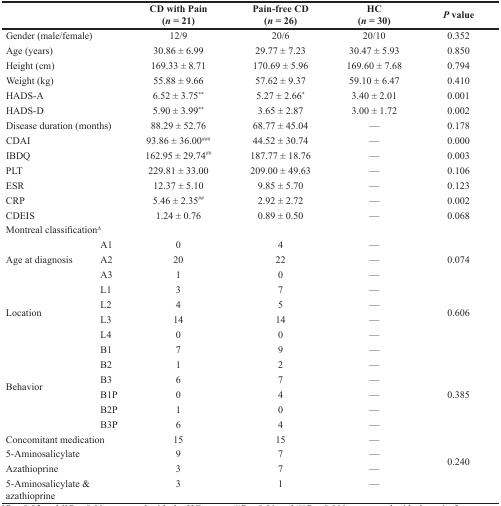
<table><thead><tr><td></td><td></td><td><b>CD with Pain (<i>n =</i> 21)</b></td><td><b>Pain-free CD (<i>n =</i> 26)</b></td><td><b>HC (<i>n =</i> 30)</b></td><td><b><i>P</i> value</b></td></tr></thead><tbody><tr><td>Gender (male/female)</td><td></td><td>12/9</td><td>20/6</td><td>20/10</td><td>0.352</td></tr><tr><td>Age (years)</td><td></td><td>30.86 ± 6.99</td><td>29.77 ± 7.23</td><td>30.47 ± 5.93</td><td>0.850</td></tr><tr><td>Height (cm)</td><td></td><td>169.33 ± 8.71</td><td>170.69 ± 5.96</td><td>169.60 ± 7.68</td><td>0.794</td></tr><tr><td>Weight (kg)</td><td></td><td>55.88 ± 9.66</td><td>57.62 ± 9.37</td><td>59.10 ± 6.47</td><td>0.410</td></tr><tr><td>HADS-A</td><td></td><td>6.52 ± 3.75<sup>**</sup></td><td>5.27 ± 2.66*</td><td>3.40 ± 2.01</td><td>0.001</td></tr><tr><td>HADS-D</td><td></td><td>5.90 ± 3.99<sup>**</sup></td><td>3.65 ± 2.87</td><td>3.00 ± 1.72</td><td>0.002</td></tr><tr><td colspan="2">Disease duration (months)</td><td>88.29 ± 52.76</td><td>68.77 ± 45.04</td><td>—</td><td>0.178</td></tr><tr><td>CDAI</td><td></td><td>93.86 ± 36.00<sup>###</sup></td><td>44.52 ± 30.74</td><td>—</td><td>0.000</td></tr><tr><td>IBDQ</td><td></td><td>162.95 ± 29.74<sup>##</sup></td><td>187.77 ± 18.76</td><td>—</td><td>0.003</td></tr><tr><td>PLT</td><td></td><td>229.81 ± 33.00</td><td>209.00 ± 49.63</td><td>—</td><td>0.106</td></tr><tr><td>ESR</td><td></td><td>12.37 ± 5.10</td><td>9.85 ± 5.70</td><td>—</td><td>0.123</td></tr><tr><td>CRP</td><td></td><td>5.46 ± 2.35<sup>##</sup></td><td>2.92 ± 2.72</td><td>—</td><td>0.002</td></tr><tr><td>CDEIS</td><td></td><td>1.24 ± 0.76</td><td>0.89 ± 0.50</td><td>—</td><td>0.068</td></tr><tr><td colspan="2">Montreal classification<sup>Δ</sup></td><td></td><td></td><td></td><td></td></tr><tr><td rowspan="3">Age at diagnosis</td><td>A1</td><td>0</td><td>4</td><td>—</td><td rowspan="3">0.074</td></tr><tr><td>A2</td><td>20</td><td>22</td><td>—</td></tr><tr><td>A3</td><td>1</td><td>0</td><td>—</td></tr><tr><td rowspan="4">Location</td><td>L1</td><td>3</td><td>7</td><td>—</td><td rowspan="4">0.606</td></tr><tr><td>L2</td><td>4</td><td>5</td><td>—</td></tr><tr><td>L3</td><td>14</td><td>14</td><td>—</td></tr><tr><td>L4</td><td>0</td><td>0</td><td>—</td></tr><tr><td rowspan="6">Behavior</td><td>B1</td><td>7</td><td>9</td><td>—</td><td rowspan="7">0.385</td></tr><tr><td>B2</td><td>1</td><td>2</td><td>—</td></tr><tr><td>B3</td><td>6</td><td>7</td><td>—</td></tr><tr><td>B1P</td><td>0</td><td>4</td><td>—</td></tr><tr><td>B2P</td><td>1</td><td>0</td><td>—</td></tr><tr><td>B3P</td><td>6</td><td>4</td><td>—</td></tr><tr><td colspan="2">Concomitant medication</td><td>15</td><td>15</td><td>—</td></tr><tr><td>5-Aminosalicylate</td><td></td><td>9</td><td>7</td><td>—</td><td rowspan="2">0.240</td></tr><tr><td>Azathioprine</td><td></td><td>3</td><td>7</td><td>—</td></tr><tr><td colspan="2">5-Aminosalicylate &amp; azathioprine</td><td>3</td><td>1</td><td>—</td><td></td></tr></tbody></table>